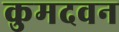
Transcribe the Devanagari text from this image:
कुमदवन